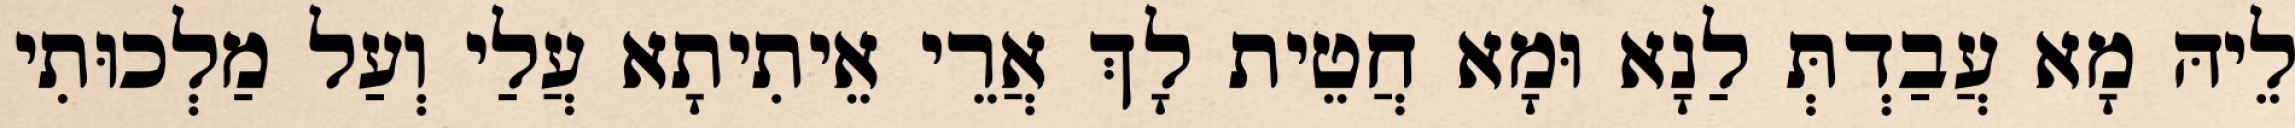
לֵיהּ מָא עֲבַדְתְּ לַנָא וּמָא חֲטֵית לָךְ אֲרֵי אֵיתִיתָא עֲלַי וְעַל מַלְכוּתִי